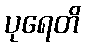
ပုရေတိ